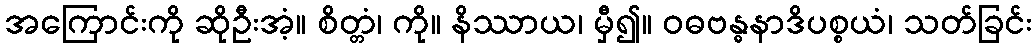
အကြောင်းကို ဆိုဦးအံ့။ စိတ္တံ၊ ကို။ နိဿာယ၊ မှီ၍။ ဝဓဗန္ဓနာဒိပစ္စယံ၊ သတ်ခြင်း